Annual administration report of the Civil Veterinary Department of India - 1893-1894
Year: 1893
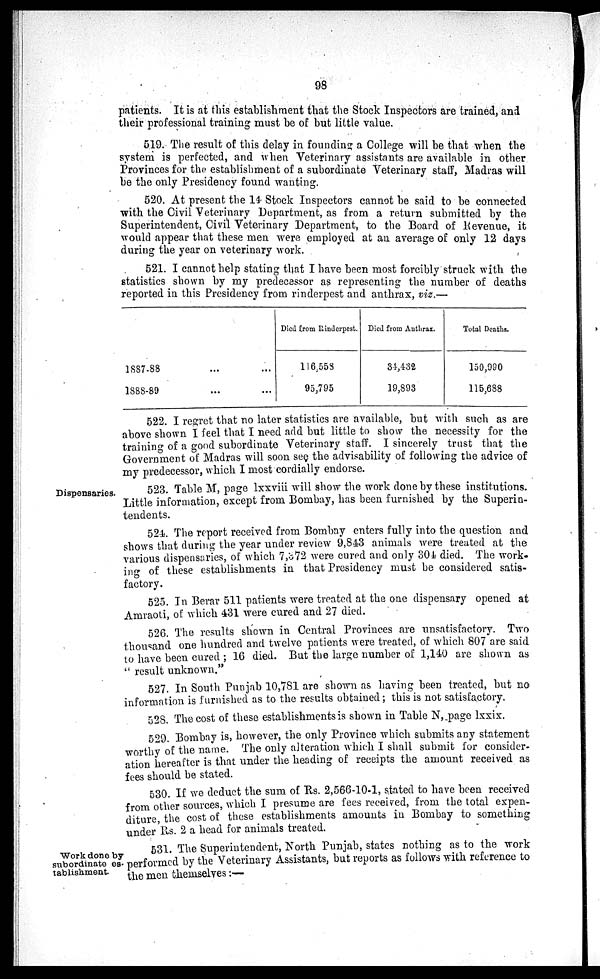
98
patients. It is at this establishment that the Stock Inspectors are trained, and
their professional training must be of but little value.
519. The result of this delay in founding a College will be that when the
system is perfected, and when Veterinary assistants are available in other
Provinces for the establishment of a subordinate Veterinary staff, Madras will
be the only Presidency found wanting.
520. At present the 14 Stock Inspectors cannot be said to be connected
with the Civil Veterinary Department, as from a return submitted by the
Superintendent, Civil Veterinary Department, to the Board of Revenue, it
would appear that these men were employed at an average of only 12 days
during the year on veterinary work.
521. I cannot help stating that I have been most forcibly struck with the
statistics shown by my predecessor as representing the number of deaths
reported in this Presidency from rinderpest and anthrax, viz.—
1887-88 ... ...
1888-89 ... ...
Died from Rinderpest.
116,558
95,795
Died from Anthrax.
34,432
19,893
Total Deaths.
150,990
115,688
522. I regret that no later statistics are available, but with such as are
above shown I feel that I need add but little to show the necessity for the
training of a good subordinate Veterinary staff. I sincerely trust that the
Government of Madras will soon see the advisability of following the advice of
my predecessor, which I most cordially endorse.
Dispensaries.
523. Table M, page Ixxviii will show the work done by these institutions.
Little information, except from Bombay, has been furnished by the Superin-
tendents.
524. The report received from Bombay enters fully into the question and
shows that during the year under review 9,843 animals were treated at the
various dispensaries, of which 7,372 were cured and only 304 died. The work-
ing of these establishments in that Presidency must be considered satis-
factory.
525. In Berar 511 patients were treated at the one dispensary opened at
Amraoti, of which 431 were cured and 27 died.
526. The results shown in Central Provinces are unsatisfactory. Two
thousand one hundred and twelve patients were treated, of which 807 are said
to have been cured ; 16 died. But the large number of 1,140 are shown as
" result unknown."
527. In South Punjab 10,781 are shown as having been treated, but no
information is furnished as to the results obtained; this is not satisfactory.
528. The cost of these establishments is shown in Table N, page lxxix.
529. Bombay is, however, the only Province which submits any statement
worthy of the name. The only alteration which I shall submit for consider-
ation hereafter is that under the heading of receipts the amount received as
fees should be stated.
530. If we deduct the sum of Rs. 2,566-10-1, stated to have been received
from other sources, which I presume are fees received, from the total expen-
diture, the cost of these establishments amounts in Bombay to something
under Rs. 2 a head for animals treated.
Work done by
subordinate es-
tablishment.
531. The Superintendent, North Punjab, states nothing as to the work
performed by the Veterinary Assistants, but reports as follows with reference to
the men themselves:—